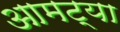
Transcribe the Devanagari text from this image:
आमट्या